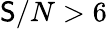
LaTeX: \mathsf{S}/N>6